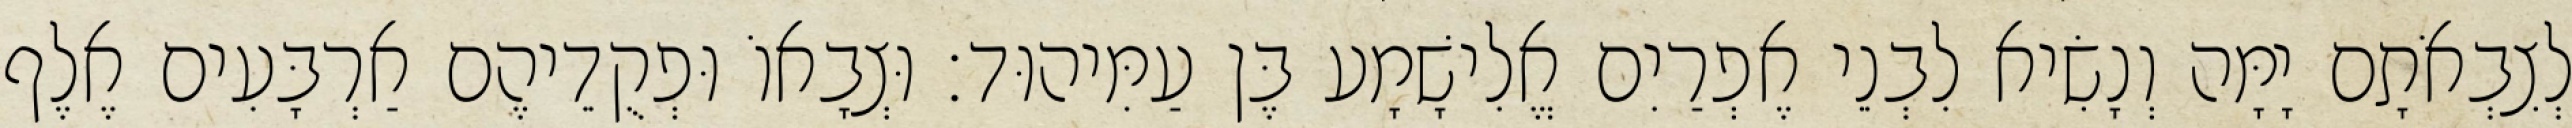
לְצִבְאֹתָם יָמָּה וְנָשִׂיא לִבְנֵי אֶפְרַיִם אֱלִישָׁמָע בֶּן עַמִּיהוּד׃ וּצְבָאוֹ וּפְקֻדֵיהֶם אַרְבָּעִים אֶלֶף